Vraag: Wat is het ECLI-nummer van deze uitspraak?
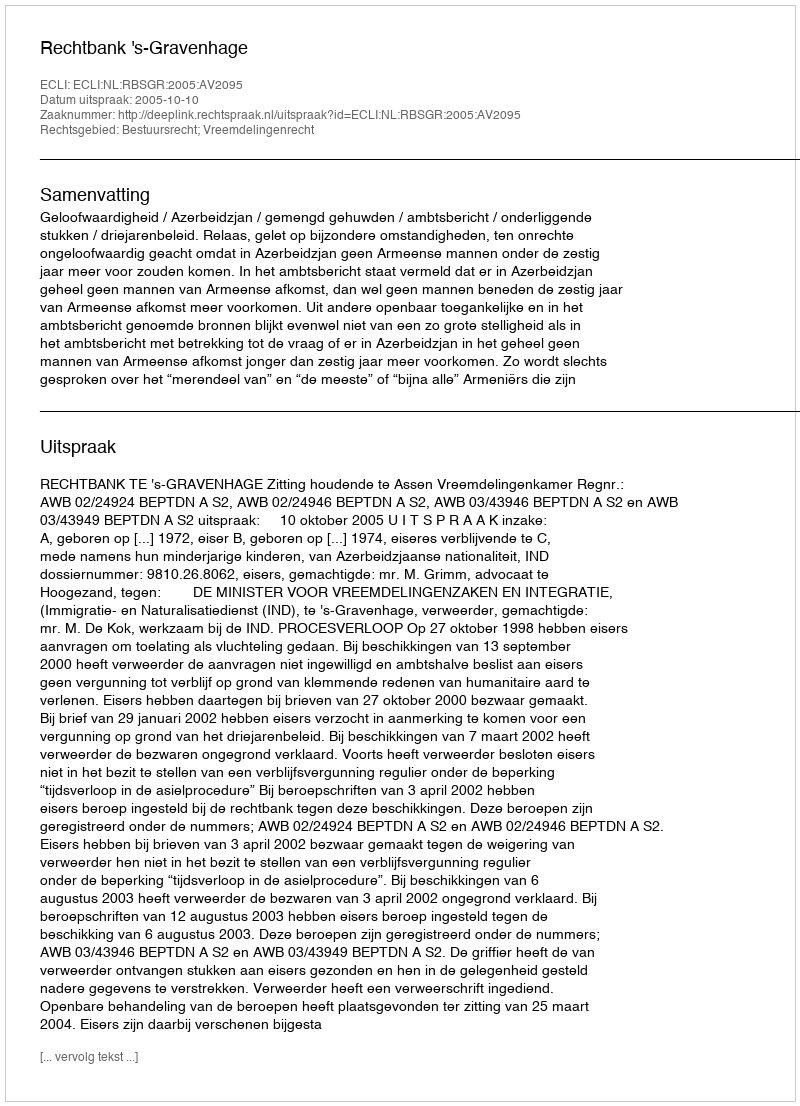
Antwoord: ECLI:NL:RBSGR:2005:AV2095